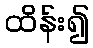
ထိန်း၍